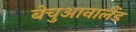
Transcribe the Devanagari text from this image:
बेचुआनालैंड